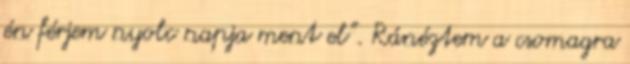
én férjem nyolc napja ment el”. Ránéztem a csomagra